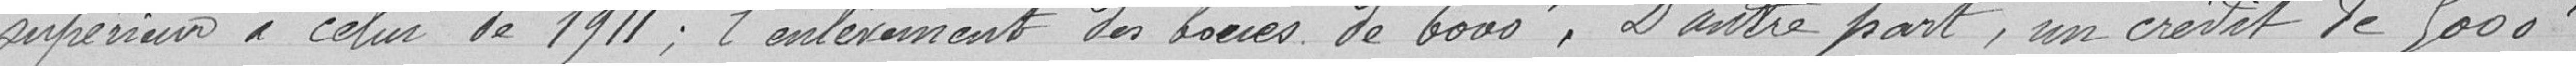
supérieur à celui de 1911 ; l'enlèvement des boues de 6 000 francs. D'autre part, un crédit de 5 000 francs